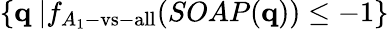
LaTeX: \left\{ \textbf{q}\ \middle|f_{A_{1}\mathrm{-vs-all}}(SOAP(\textbf{q}))\leq-1\right\}